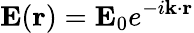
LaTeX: \mathbf{E}(\mathbf{r})=\mathbf{E}_{0}e^{-i\mathbf{k}\cdot\mathbf{r}}